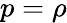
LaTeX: p=\rho